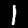
Label: 1